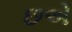
છએ